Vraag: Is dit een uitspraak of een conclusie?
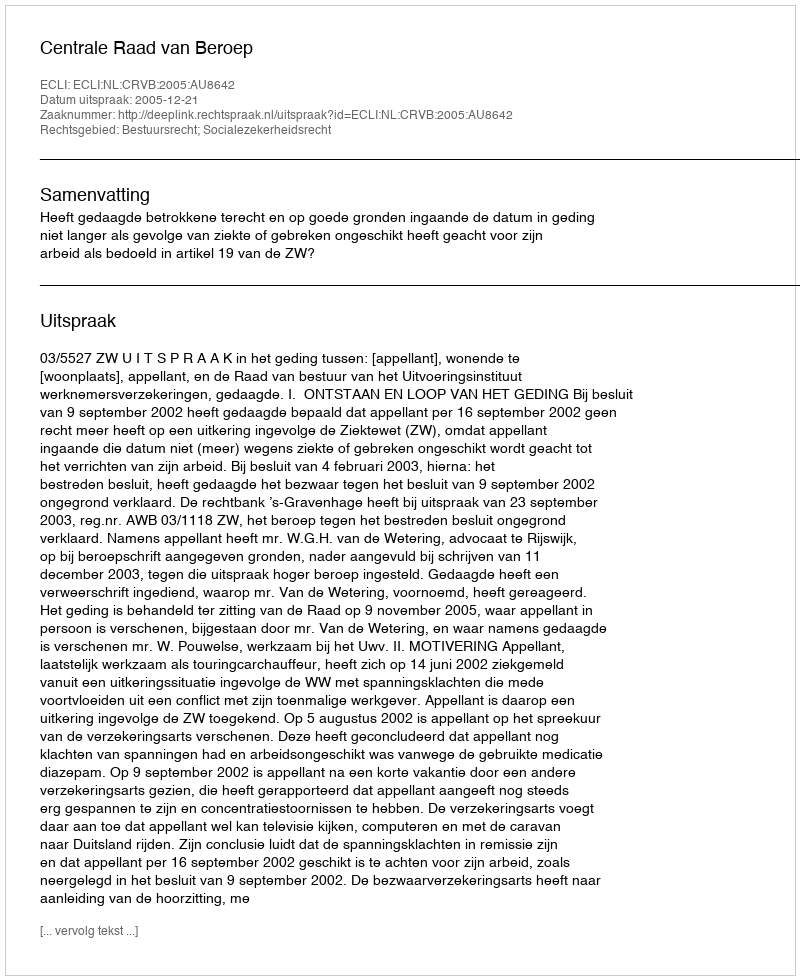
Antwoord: Uitspraak